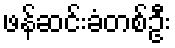
ဖန်ဆင်းခံတစ်ဦး